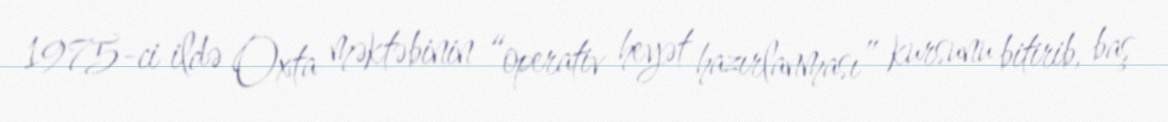
1975-ci ildə Oxta məktəbinin “operativ heyət hazırlanması” kursunu bitirib, baş